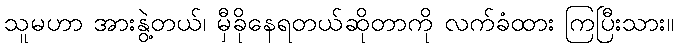
သူမဟာ အားနွဲ့တယ်၊ မှီခိုနေရတယ်ဆိုတာကို လက်ခံထား ကြပြီးသား။